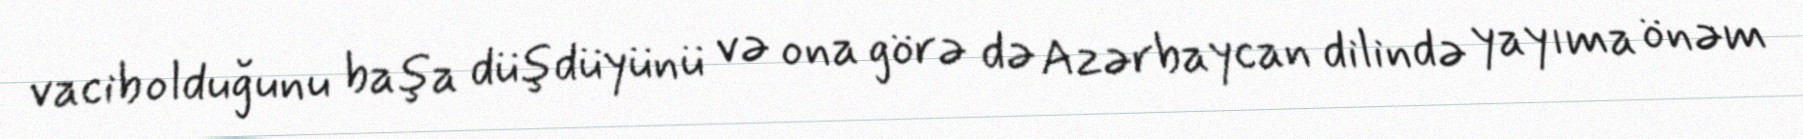
vacib olduğunu başa düşdüyünü və ona görə də Azərbaycan dilində yayıma önəm